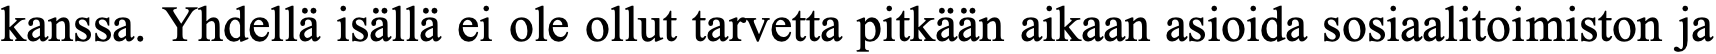
kanssa. Yhdellä isällä ei ole ollut tarvetta pitkään aikaan asioida sosiaalitoimiston ja